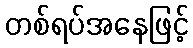
တစ်ရပ်အနေဖြင့်